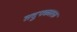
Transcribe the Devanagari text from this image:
तदुपकारक